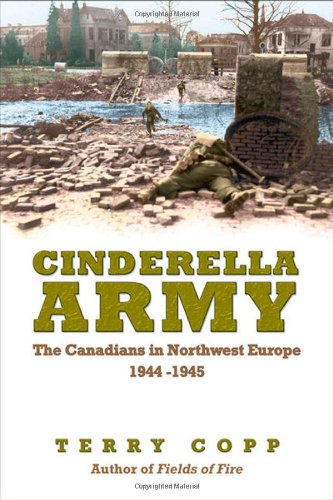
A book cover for Cinderella Army: The Canadians in Northwest Europe, 1944-1945; Terry Copp; History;